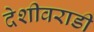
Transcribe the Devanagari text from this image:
देशीवराडी